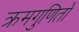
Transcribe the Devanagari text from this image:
क्रमगुणितों